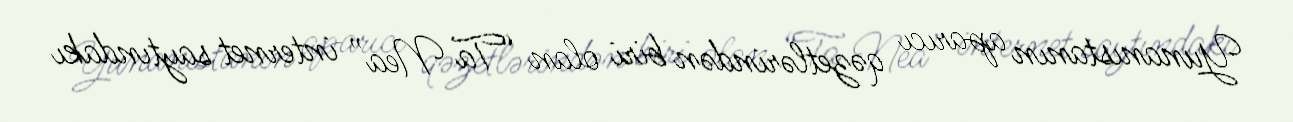
Yunanıstanın aparıcı qəzetlərindən biri olan “Ta Nea” internet saytındakı